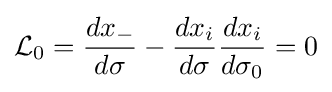
{\mathcal {L}}_{0}={\frac {dx_{-}}{d\sigma }}-{\frac {dx_{i}}{d\sigma }}{\frac {dx_{i}}{d\sigma _{0}}}=0